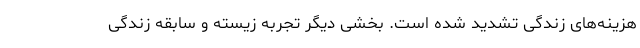
هزینه‌های زندگی تشدید شده است. بخشی دیگر تجربه زیسته و سابقه زندگی